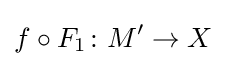
f\circ F_{1}\colon M'\to X